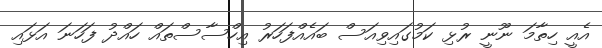
އެއީ ހިތާމަ ނޫނީ ރުޅި ކަމުގައިވިއަސް ބައެއްފަހަރު އިހްސާސްތައް ހައްދު ފަހަނަ އަޅައި